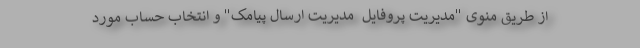
از طریق منوی "مدیریت پروفایل  مدیریت ارسال پیامک" و انتخاب حساب مورد